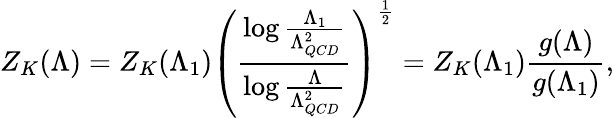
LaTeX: Z_{K}(\Lambda)=Z_{K}(\Lambda_{1})\left({\frac{\log{\frac{\Lambda_{1}}{\Lambda_{QCD}^{2}}}}{\log{\frac{\Lambda}{\Lambda_{QCD}^{2}}}}}\right)^{\frac{1}{2}}=Z_{K}(\Lambda_{1}){\frac{g(\Lambda)}{g(\Lambda_{1})}},